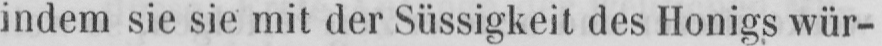
indem sie sie mit der Süssigkeit des Honigs wür-